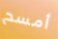
أمسح